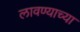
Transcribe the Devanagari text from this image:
लावण्‍याच्‍या